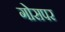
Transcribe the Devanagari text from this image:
गोसपर